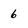
Character: 6